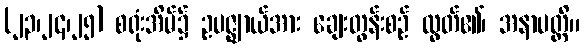
(၂၃၊၂၄၊၂၅) စရုံးအိမ်၌ ဥပဇ္ဈာယ်အား ချေးတွန်းစဉ် လွတ်၏၊ အနာပတ္တိ။